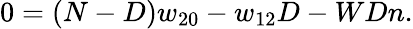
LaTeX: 0=\left(N-D\right)w_{20}-w_{12}D-WDn.